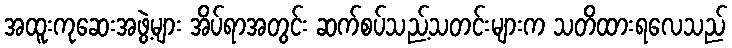
အထူးကုဆေးအဖွဲ့များ အိပ်ရာအတွင်း ဆက်စပ်သည့်သတင်းများက သတိထားရလေသည်